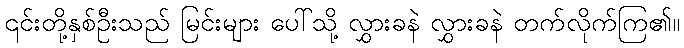
၎င်းတို့နှစ်ဦးသည် မြင်းများ ပေါ်သို့ လွှားခနဲ လွှားခနဲ တက်လိုက်ကြ၏။